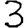
Digit: 3